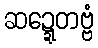
ဆဍ္ဍေတဗ္ဗံ